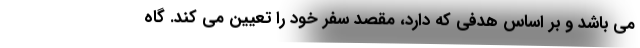
می باشد و بر اساس هدفی که دارد، مقصد سفر خود را تعیین می کند. گاه